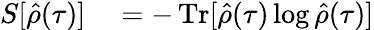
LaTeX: \begin{array}{rl}{S[\hat{\rho}(\tau)]}&{{}=-\operatorname{Tr}[\hat{\rho}(\tau)\log\hat{\rho}(\tau)]}\end{array}